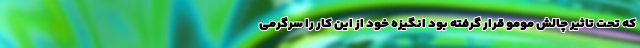
که تحت تاثیر چالش مومو قرار گرفته بود انگیزه خود از این کار را سرگرمی